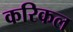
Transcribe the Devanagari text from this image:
करिकल